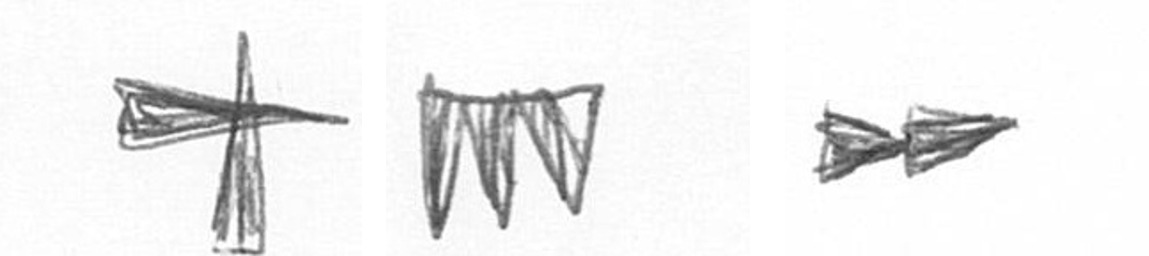
G L A